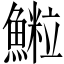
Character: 𩻑